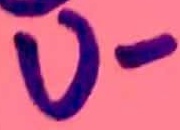
Text: U-